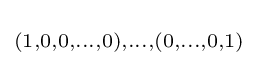
\scriptstyle (1,0,0,\dots ,0),\dots ,(0,\dots ,0,1)